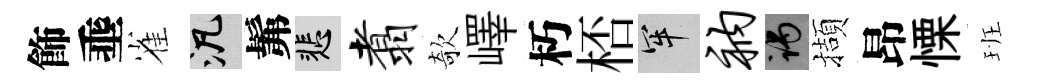
飾埀雀泛髴悲翥欹嶧朽桮牢衲谒擷昂慄班